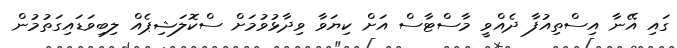
ގައި އޭނާ އިސްތިއުފާ ދެއްވީ މާސްޓާސް އަށް ކިޔަވާ ވިދާޅުވުމަށް ސްކޮލަޝިޕެއް ލިބިވަޑައިގަތުމުން